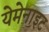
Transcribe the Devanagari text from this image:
येमेनाइट